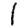
Digit: 1